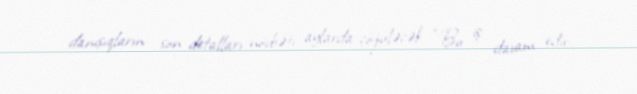
danışıqların son detalları növbəti aylarda çözüləcək: “Bu iş davam edir.